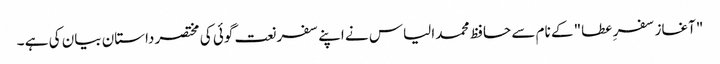
"آغاز سفر ِ عطا" کے نام سے حافظ محمد الیاس نے اپنے سفر نعت گوئی کی مختصر داستان بیان کی ہے ۔